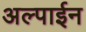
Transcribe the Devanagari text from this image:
अल्पाईन